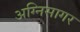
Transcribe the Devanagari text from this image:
अग्निसागर